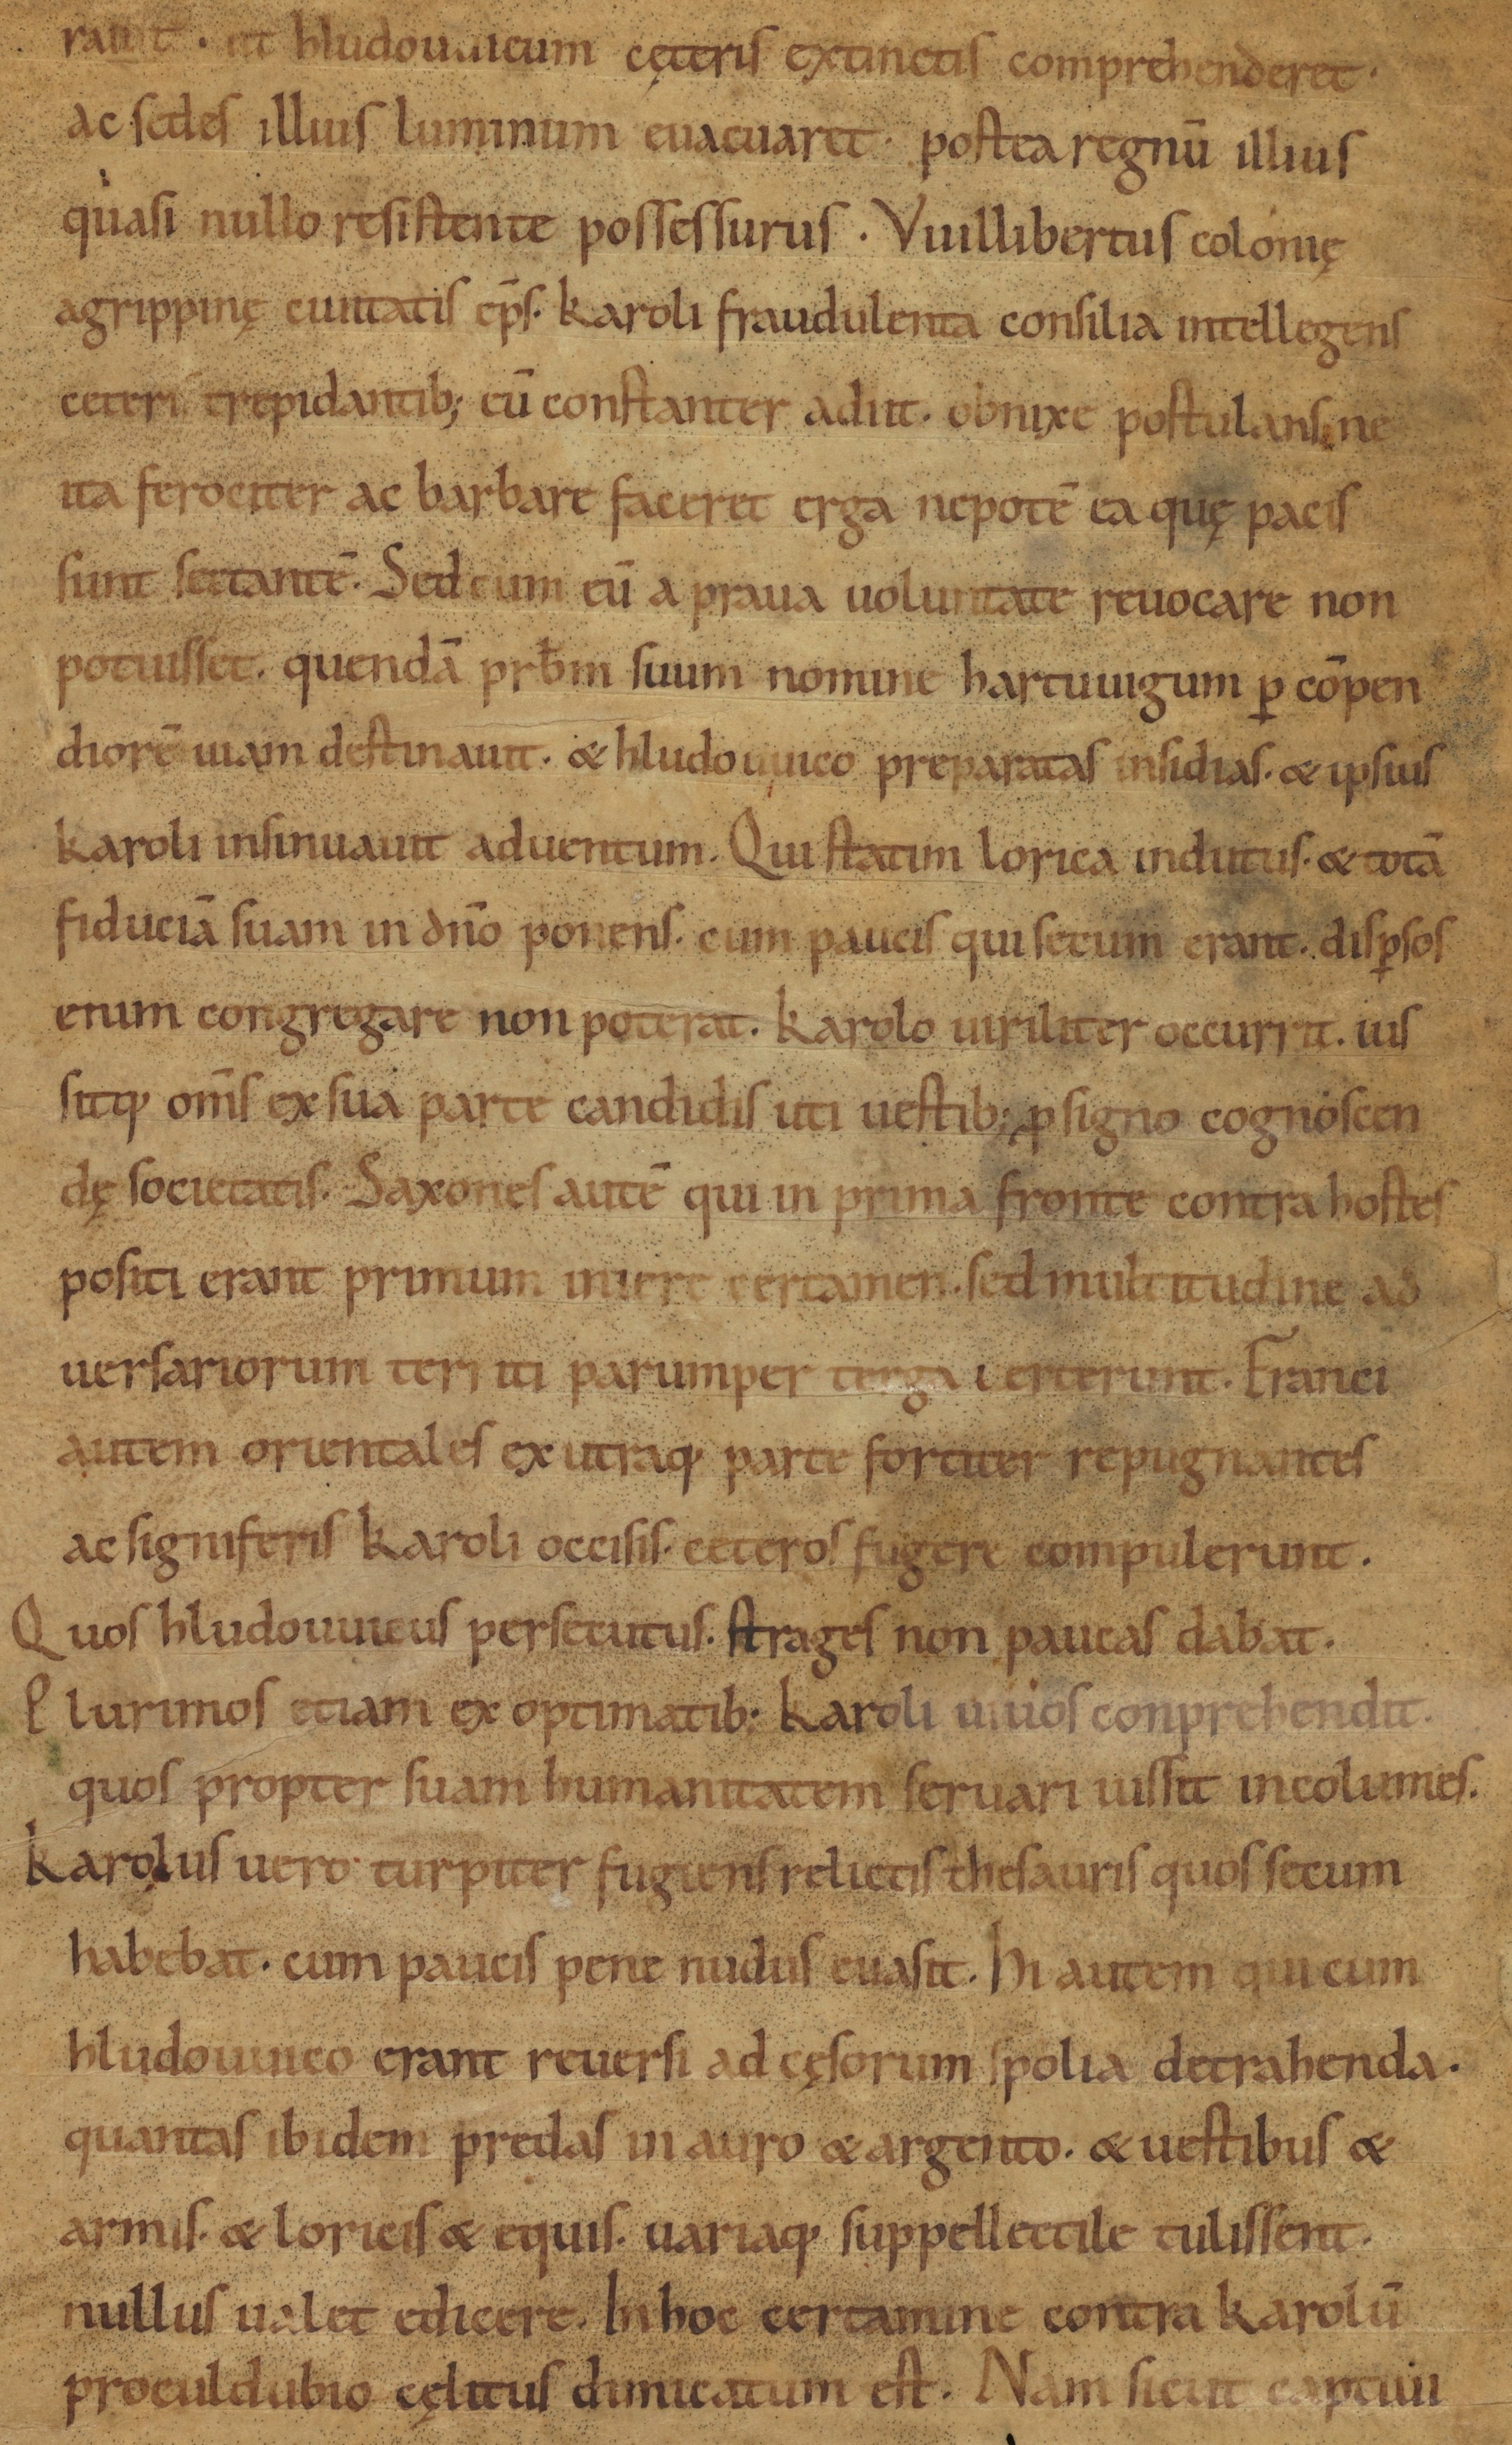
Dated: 900–1099